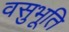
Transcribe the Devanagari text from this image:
वसुभूति